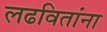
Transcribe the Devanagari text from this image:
लढवितांना